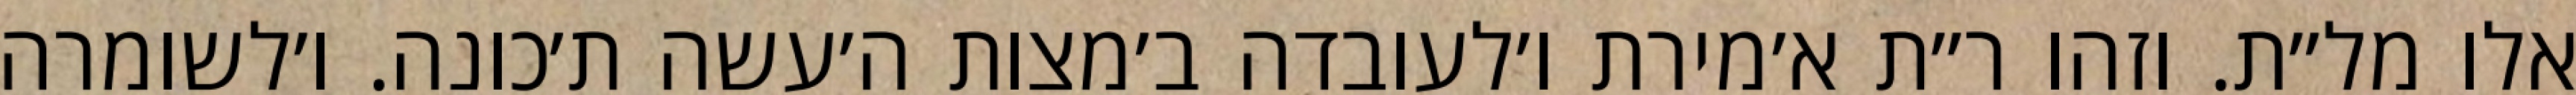
אלו מל״ת. וזהו ר״ת א׳מירת ו׳לעובדה ב׳מצות ה׳עשה ת׳כונה. ו׳לשומרה